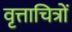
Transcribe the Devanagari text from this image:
वृत्ताचित्रों